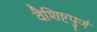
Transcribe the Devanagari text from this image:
वैशिष्टपुर्ण